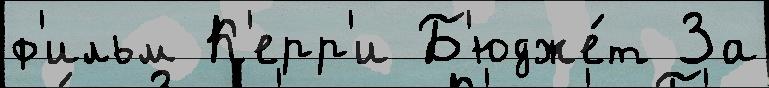
ф'ильм К'ерр'и Б'юдже́т За